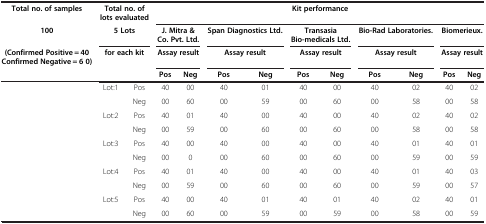
| Total no. of samples | <COLSPAN=2> Total no. of lots evaluated | <COLSPAN=10> Kit performance |
 | 100 | <COLSPAN=2> 5 Lots | <COLSPAN=2> J. Mitra & Co. Pvt. Ltd. | <COLSPAN=2> Span Diagnostics Ltd. | <COLSPAN=2> Transasia Bio-medicals Ltd. | <COLSPAN=2> Bio-Rad Laboratories. | <COLSPAN=2> Biomerieux. |
 | (Confirmed Positive = 40 Confirmed Negative = 6 0) | <COLSPAN=2> for each kit | <COLSPAN=2> Assay result | <COLSPAN=2> Assay result | <COLSPAN=2> Assay result | <COLSPAN=2> Assay result | <COLSPAN=2> Assay result |
 |  |  |  | Pos | Neg | Pos | Neg | Pos | Neg | Pos | Neg | Pos | Neg |
 | --- | --- | --- | --- | --- | --- | --- | --- | --- | --- | --- | --- | --- |
 | <ROWSPAN=10>  | <ROWSPAN=2> Lot:1 | Pos | 40 | 00 | 40 | 01 | 40 | 00 | 40 | 02 | 40 | 02 |
 | Neg | 00 | 60 | 00 | 59 | 00 | 60 | 00 | 58 | 00 | 58 |
 | <ROWSPAN=2> Lot:2 | Pos | 40 | 01 | 40 | 00 | 40 | 00 | 40 | 02 | 40 | 02 |
 | Neg | 00 | 59 | 00 | 60 | 00 | 60 | 00 | 58 | 00 | 58 |
 | <ROWSPAN=2> Lot:3 | Pos | 40 | 00 | 40 | 00 | 40 | 00 | 40 | 01 | 40 | 01 |
 | Neg | 00 | 0 | 00 | 60 | 00 | 60 | 00 | 59 | 00 | 59 |
 | <ROWSPAN=2> Lot:4 | Pos | 40 | 01 | 40 | 00 | 40 | 00 | 40 | 01 | 40 | 03 |
 | Neg | 00 | 59 | 00 | 60 | 00 | 60 | 00 | 59 | 00 | 57 |
 | <ROWSPAN=2> Lot:5 | Pos | 40 | 00 | 40 | 01 | 40 | 01 | 40 | 02 | 40 | 01 |
 | Neg | 00 | 60 | 00 | 59 | 00 | 59 | 00 | 58 | 00 | 59 |